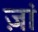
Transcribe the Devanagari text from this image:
ज़ां